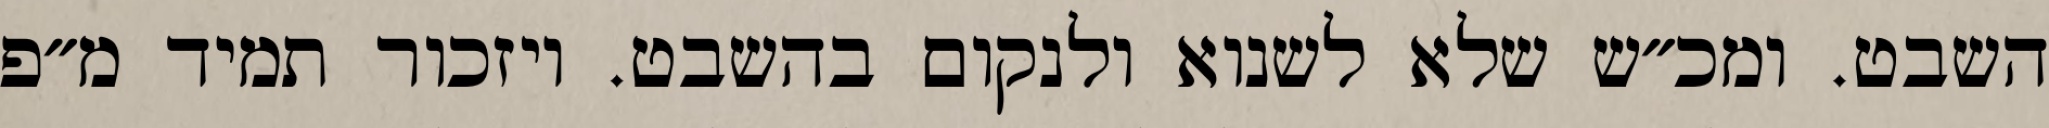
השבט. ומכ״ש שלא לשנוא ולנקום בהשבט. ויזכור תמיד מ״פ